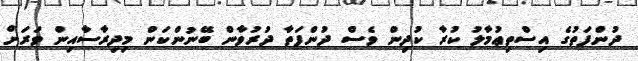
ދުންފަތުގެ އިސްތިޢުމާލު ކުރާ ކުދިން ވެސް ދުންފަތާ ދުރުވާން ބޭނުންކަން މިދިރާސާއިން ވަރަށް